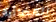
الفضائية